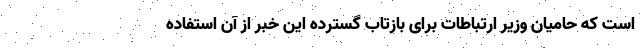
است که حامیان وزیر ارتباطات برای بازتاب گسترده این خبر از آن استفاده